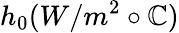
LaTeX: h_{0}(W/m^{2}\circ\mathbb{C})